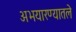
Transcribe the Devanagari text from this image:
अभयारण्यातले